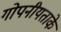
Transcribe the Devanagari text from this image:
गोपनीयताके